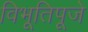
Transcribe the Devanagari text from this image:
विभूतिपूजे